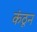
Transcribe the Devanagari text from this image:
कंठून